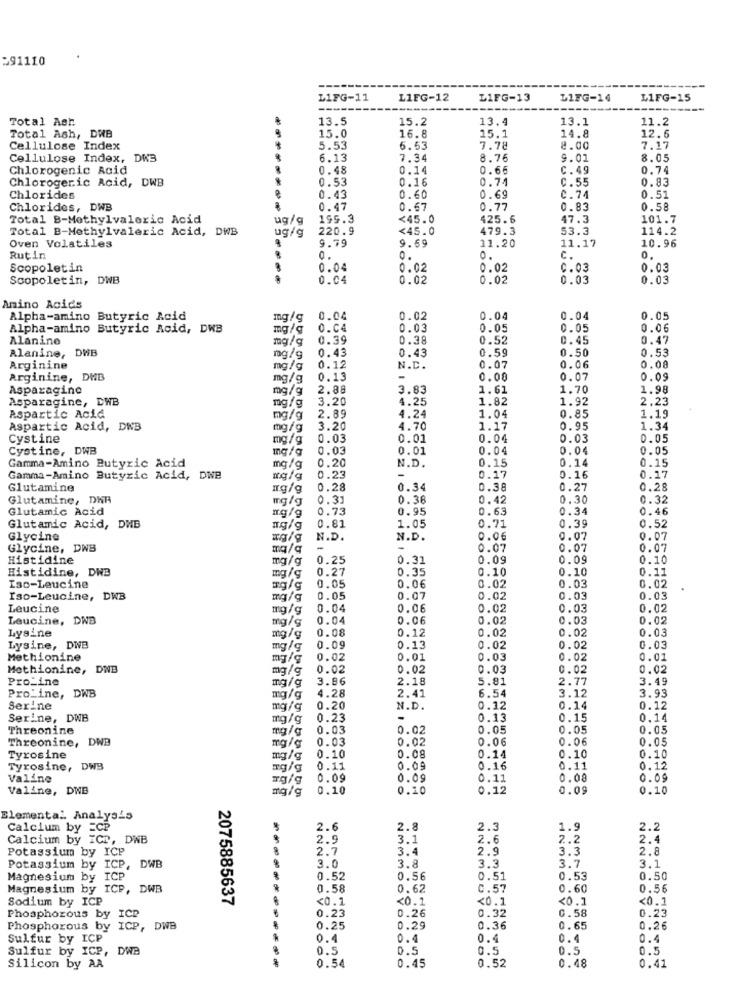
391110
L1FG-11
L1FG-12
LIFG-13
LIFG-14
L1FG-15
Total Ash
13.5
15.2
13.4
13.1
11.2
14.8
Total Ash, DWB
15.0
16.8
15.1
12.6
Cellulose Index
5.53
6.53
7.78
8.00
7.17
Cellulose Index, DR3
6.13
7.34
8.76
9.01
8.05
Chlorogenic Acid
0.48
0.14
0.66
C.49
0.74
Chlorogeric Acid, DWB
*
0.53
0.16
0.74
C.55
0.83
C. 74
Chlorides
0.43
0.60
0.69
0.51
Chlorides, DWB
0.47
0.67
0.77
0.83
0.58
Total B-Methylvaleric Acid
ug/g
199.3
<45.0
425.6
47.3
101.7
Total B-Methylvaleric Acid, DWB
ug/g
220.9
<45.0
479.3
53.3
114.2
9.79
9.69
10.96
Oven Volatiles
11.20
11.17
Rutin
0.
0.
0.
C.
0.
Scopoletin
0.04
0.02
0.02
0.03
0.03
Scopoletin, DWB
0.04
0.02
0.02
0.03
0.03
Amino Acids
Alpha-amino Butyric Acid
0.04
0.02
0.04
0.04
0.05
Alpha-amino Butyric Acid, DWB
mg/g
O.C4
0.03
0.05
0.05
0.06
Alanine
mg/g
0.39
0.38
0.52
0.45
0.47
0.43
0.43
0.59
0.50
0.53
Alanine, DWB
mg/g
Arginine
mg/g
0.12
N.C.
0.07
0.06
0.08
Arginine, DHB
mg/g
0.13
-
0.00
0.07
0.09
Asparagino
mg/g
2.88
3.83
1.61
1.70
1.98
Asparagine, DWB
mg/g
3.20
4.25
1.82
1.92
2.23
4.24
0.85
Aspartic Acid
mg/g
2.89
1.04
1.19
Aspartic Acid, DNB
mg/g
3.20
4.70
1.17
0.95
1.34
Cystine
mg/g
0.03
0.01
0.04
0.03
0.05
Cystine, DWB
0.03
0.01
0.04
0.04
0.05
Gamma-Amino Butyric Acid
0.15
0.14
0.15
mg/g
0.20
N.D.
Gamma-Amino Butyric Acid, DwB
mg/g
0.23
-
0.17
0.16
0.17
Glutamine
mg/g
0.28
0.34
0.38
0.27
0.28
Glutamine, DWA
mg/g
0.31
0.38
0.42
0.30
0.32
Glutamic Acid
0.73
0.95
0.63
0.34
0.46
ng/g
Glutamic Acid, DWB
0.81
1.05
0.71
0.39
0.52
Glycine
N.D.
N.D.
0.06
0.07
0.07
Glycine, DNB
-
-
0.07
0.07
0.07
Histidine
mg/g
0.25
0.31
0.09
0.09
0.10
Histidine, DWB
0.27
0.35
0.10
0.10
0.11
mg/g
0.03
Iso-Leucine
0.05
0.06
0.02
0.02
Iso-Leucine, DWB
mg/g
0.05
0.07
0.02
0.03
0.03
Leucine
mg/g
0.04
0.06
0.02
0.03
0.02
Leucine, DNB
0.04
0.06
0.02
0.03
0.02
Lysine
mg/g
0.08
0.12
0.02
0.02
0.03
mg/g
Lysine, DWB
mg/g
0.09
0.13
0.02
0.02
0.03
Methionine
0.02
0.01
0.03
0.02
0.02
Methionine, DNB
mg/g
0.02
0.02
0.03
0.02
0.02
Pro_ine
3.86
2.18
5.81
2.77
3.49
mg/g
4.28
2.41
6.54
3.93
Pro_ine, DWB
mg/g
3.12
Serine
mg/g
0.20
N.D.
0.12
0.14
0.12
Serine, DWB
mg/g
0.23
-
0.13
0.15
0.14
Threonine
mg/g
0.03
0.02
0.05
0.05
0.05
Threonine, DWB
0.03
0.02
0.06
0.06
0.05
mg/g
0.08
0.10
0.10
Tyrosine
mg/g
0.10
0.14
Tyrosine, DWB
0.11
0.16
0.11
0.12
Valine
0.09
0.09
0.11
0.00
0.09
Valine, DNB
mg/g
0.10
0.10
0.12
0.09
0.10
Elemental Analysis
WONH
Calcium by =CP
2.6
2.8
2.3
1.9
2.2
Calcium by ICD, DWB
2.9
3.1
2.6
2.2
2.4
Potassium by ICP
8
2.7
3.4
2.9
3.3
2.8
3.0
3.7
3.1
Potassium by ICP, DWB
3.8
3.3
Magnesium by ICP
0.52
0.56
0.51
0.53
0.50
Magnesium by ICP, D
0.58
0.62
C.57
0.60
0.56
Sodium by ICP
2075885637
<0.1
<0.1
<0.1
<0.1
<0.1
0.23
0.26
0.32
0.58
0.23
Phosphorous by ICP
Phosphorous by ICP, DWB
0.25
0.29
0.36
0.65
0.26
Sulfur by ICP
0.4
0.4
0.4
0.4
0.4
Sulfur by ICP, DWB
0.5
0.5
0.5
0.5
0.5
0.54
0.52
0.48
0.41
Silicon by AA
0.45